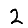
Digit: 2